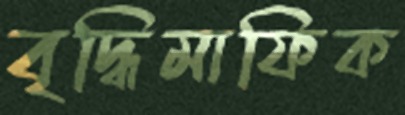
বৃদ্ধিমাফিক